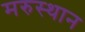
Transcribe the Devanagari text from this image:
मरुस्थान